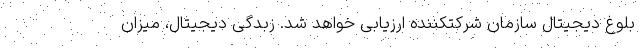
بلوغ دیجیتال سازمان شرکتکننده ارزیابی خواهد شد. زبدگی دیجیتال، میزان